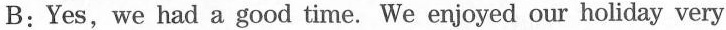
B: Yes,we had a good time. We enjoyed our holiday very